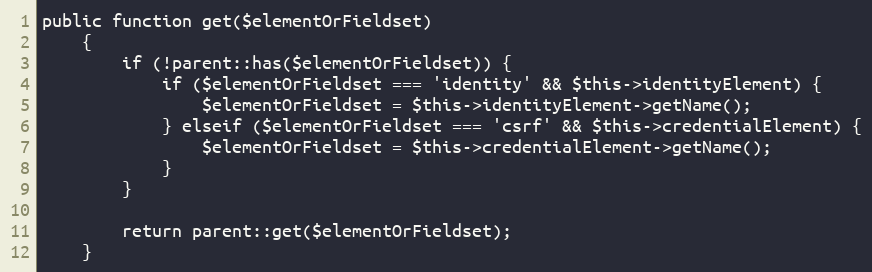
Language: PHP
public function get($elementOrFieldset)
    {
        if (!parent::has($elementOrFieldset)) {
            if ($elementOrFieldset === 'identity' && $this->identityElement) {
                $elementOrFieldset = $this->identityElement->getName();
            } elseif ($elementOrFieldset === 'csrf' && $this->credentialElement) {
                $elementOrFieldset = $this->credentialElement->getName();
            }
        }

        return parent::get($elementOrFieldset);
    }